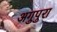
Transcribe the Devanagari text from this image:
अगुपुरा